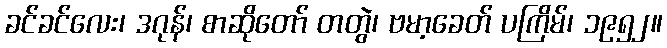
ခင်ခင်လေး၊ ဒဂုန်၊ စာဆိုတော် တတွဲ၊ ဗမာ့ခေတ် ပကြိမ်၊ ၁၉၅၂။